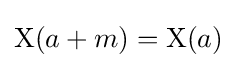
\mathrm {X} (a+m)=\mathrm {X} (a)